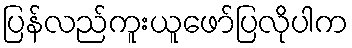
ပြန်လည်ကူးယူဖော်ပြလိုပါက